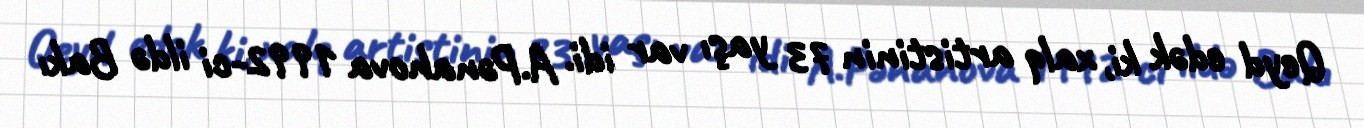
Qeyd edək ki, xalq artistinin 73 yaşı var idi. A.Pənahova 1992-ci ildə Bakı